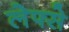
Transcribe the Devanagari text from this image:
लेफ्से